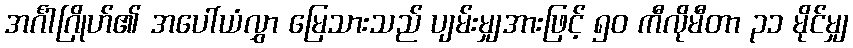
အင်္ဂါဂြိုဟ်၏ အပေါ်ယံလွှာ မြေသားသည် ပျမ်းမျှအားဖြင့် ၅၀ ကီလိုမီတာ ၃၁ မိုင်မျှ